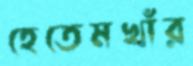
হেতেমখাঁর